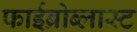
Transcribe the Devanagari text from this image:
फाईब्रोब्लास्ट